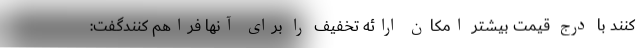
کنند با درج قیمت بیشتر امکان ارائه تخفیف را برای آنها فراهم کنندگفت: